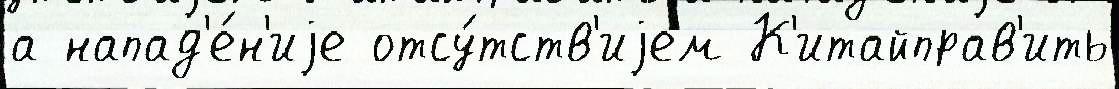
а напад'е́н'иjе отсу́тств'иjем К'итайправ'ить